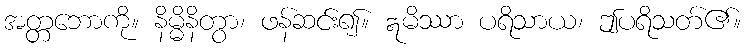
အတ္တဘောကို။ နိမ္မိနိတွာ၊ ဖန်ဆင်း၍။ ဣမိဿာ ပရိသာယ၊ ဤပရိသတ်၏။